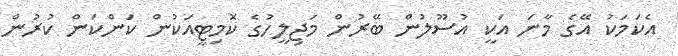
އެކަމަކު އޭގެ މާނަ އަކީ އުސޫލުން ބޭރުން މަޖިލީހުގެ ކޮމިޓީއަކުން ކަންކަން ކުރުން